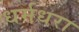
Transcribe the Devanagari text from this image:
धर्मधरा